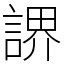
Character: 䛺